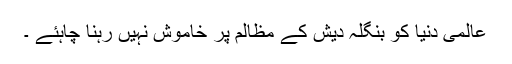
عالمی دنیا کو بنگلہ دیش کے مظالم پر خاموش نہیں رہنا چاہئے ۔